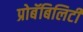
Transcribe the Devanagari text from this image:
प्रोबॅबिलिटी